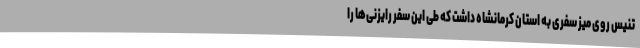
تنیس روی میز سفری به استان کرمانشاه داشت که طی این سفر رایزنی‌ها را